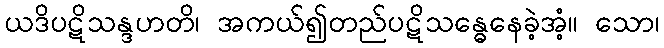
ယဒိပဋိသန္ဒဟတိ၊ အကယ်၍တည်ပဋိသန္ဓေနေခဲ့အံ့။ သော၊